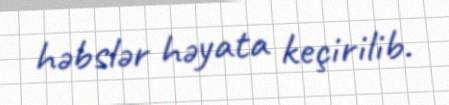
həbslər həyata keçirilib.